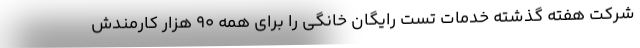
شرکت هفته گذشته خدمات تست رایگان خانگی را برای همه ۹۰ هزار کارمندش